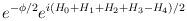
LaTeX: \begin{align*}e^{-\phi/2}e^{i(H_0+H_1+H_2+H_3-H_4)/2}\end{align*}